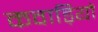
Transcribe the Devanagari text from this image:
कवाड़ियों